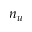
n _ { u }